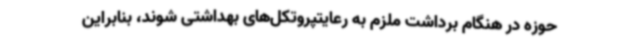
حوزه در هنگام برداشت ملزم به رعایتپروتکل‌های بهداشتی شوند، بنابراین